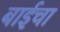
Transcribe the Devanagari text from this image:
बाईचा